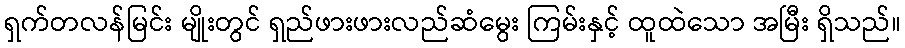
ရှက်တလန်မြင်း မျိုးတွင် ရှည်ဖားဖားလည်ဆံမွေး ကြမ်းနှင့် ထူထဲသော အမြီး ရှိသည်။